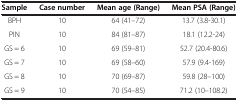
| Sample | Case number | Mean age (Range) | Mean PSA (Range) |
 | --- | --- | --- | --- |
 | BPH | 10 | 64 (41–72) | 13.7 (3.8-30.1) |
 | PIN | 10 | 84 (81–87) | 18.1 (12.2-24) |
 | GS = 6 | 10 | 69 (59–81) | 52.7 (20.4-80.6) |
 | GS = 7 | 10 | 69 (58–60) | 57.9 (9.4-169) |
 | GS = 8 | 10 | 70 (69–87) | 59.8 (28–100) |
 | GS = 9 | 10 | 70 (54–85) | 71.2 (10–108.2) |